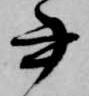
書